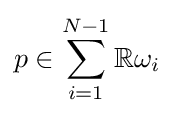
p\in \sum _{i=1}^{N-1}\mathbb {R} \omega _{i}